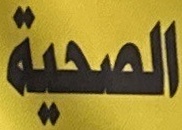
الصحية